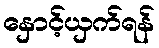
နှောင့်ယှက်ရန်